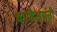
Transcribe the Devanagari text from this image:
वाग्वैजयंती